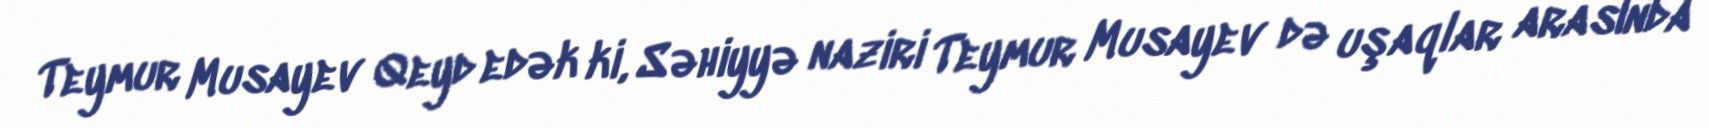
Teymur Musayev Qeyd edək ki, Səhiyyə naziri Teymur Musayev də uşaqlar arasında